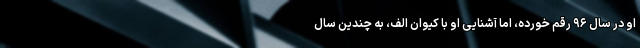
او در سال ۹۶ رقم خورده، اما آشنایی او با کیوان الف، به چندین سال